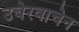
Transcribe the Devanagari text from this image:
उबेरवाचेन